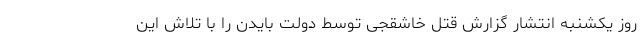
روز یکشنبه انتشار گزارش قتل خاشقجی توسط دولت بایدن را با تلاش این